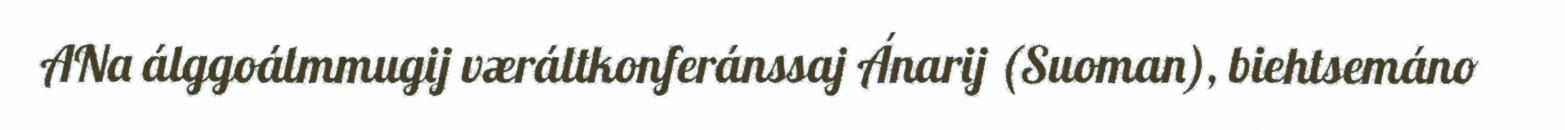
ANa álggoálmmugij væráltkonferánssaj Ánarij (Suoman), biehtsemáno